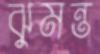
ঝুমন্ত